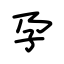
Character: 孕